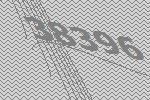
38396